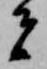
者